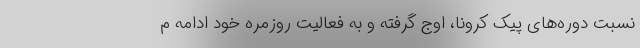
نسبت دوره‌های پیک کرونا، اوج گرفته و به فعالیت روزمره خود ادامه م